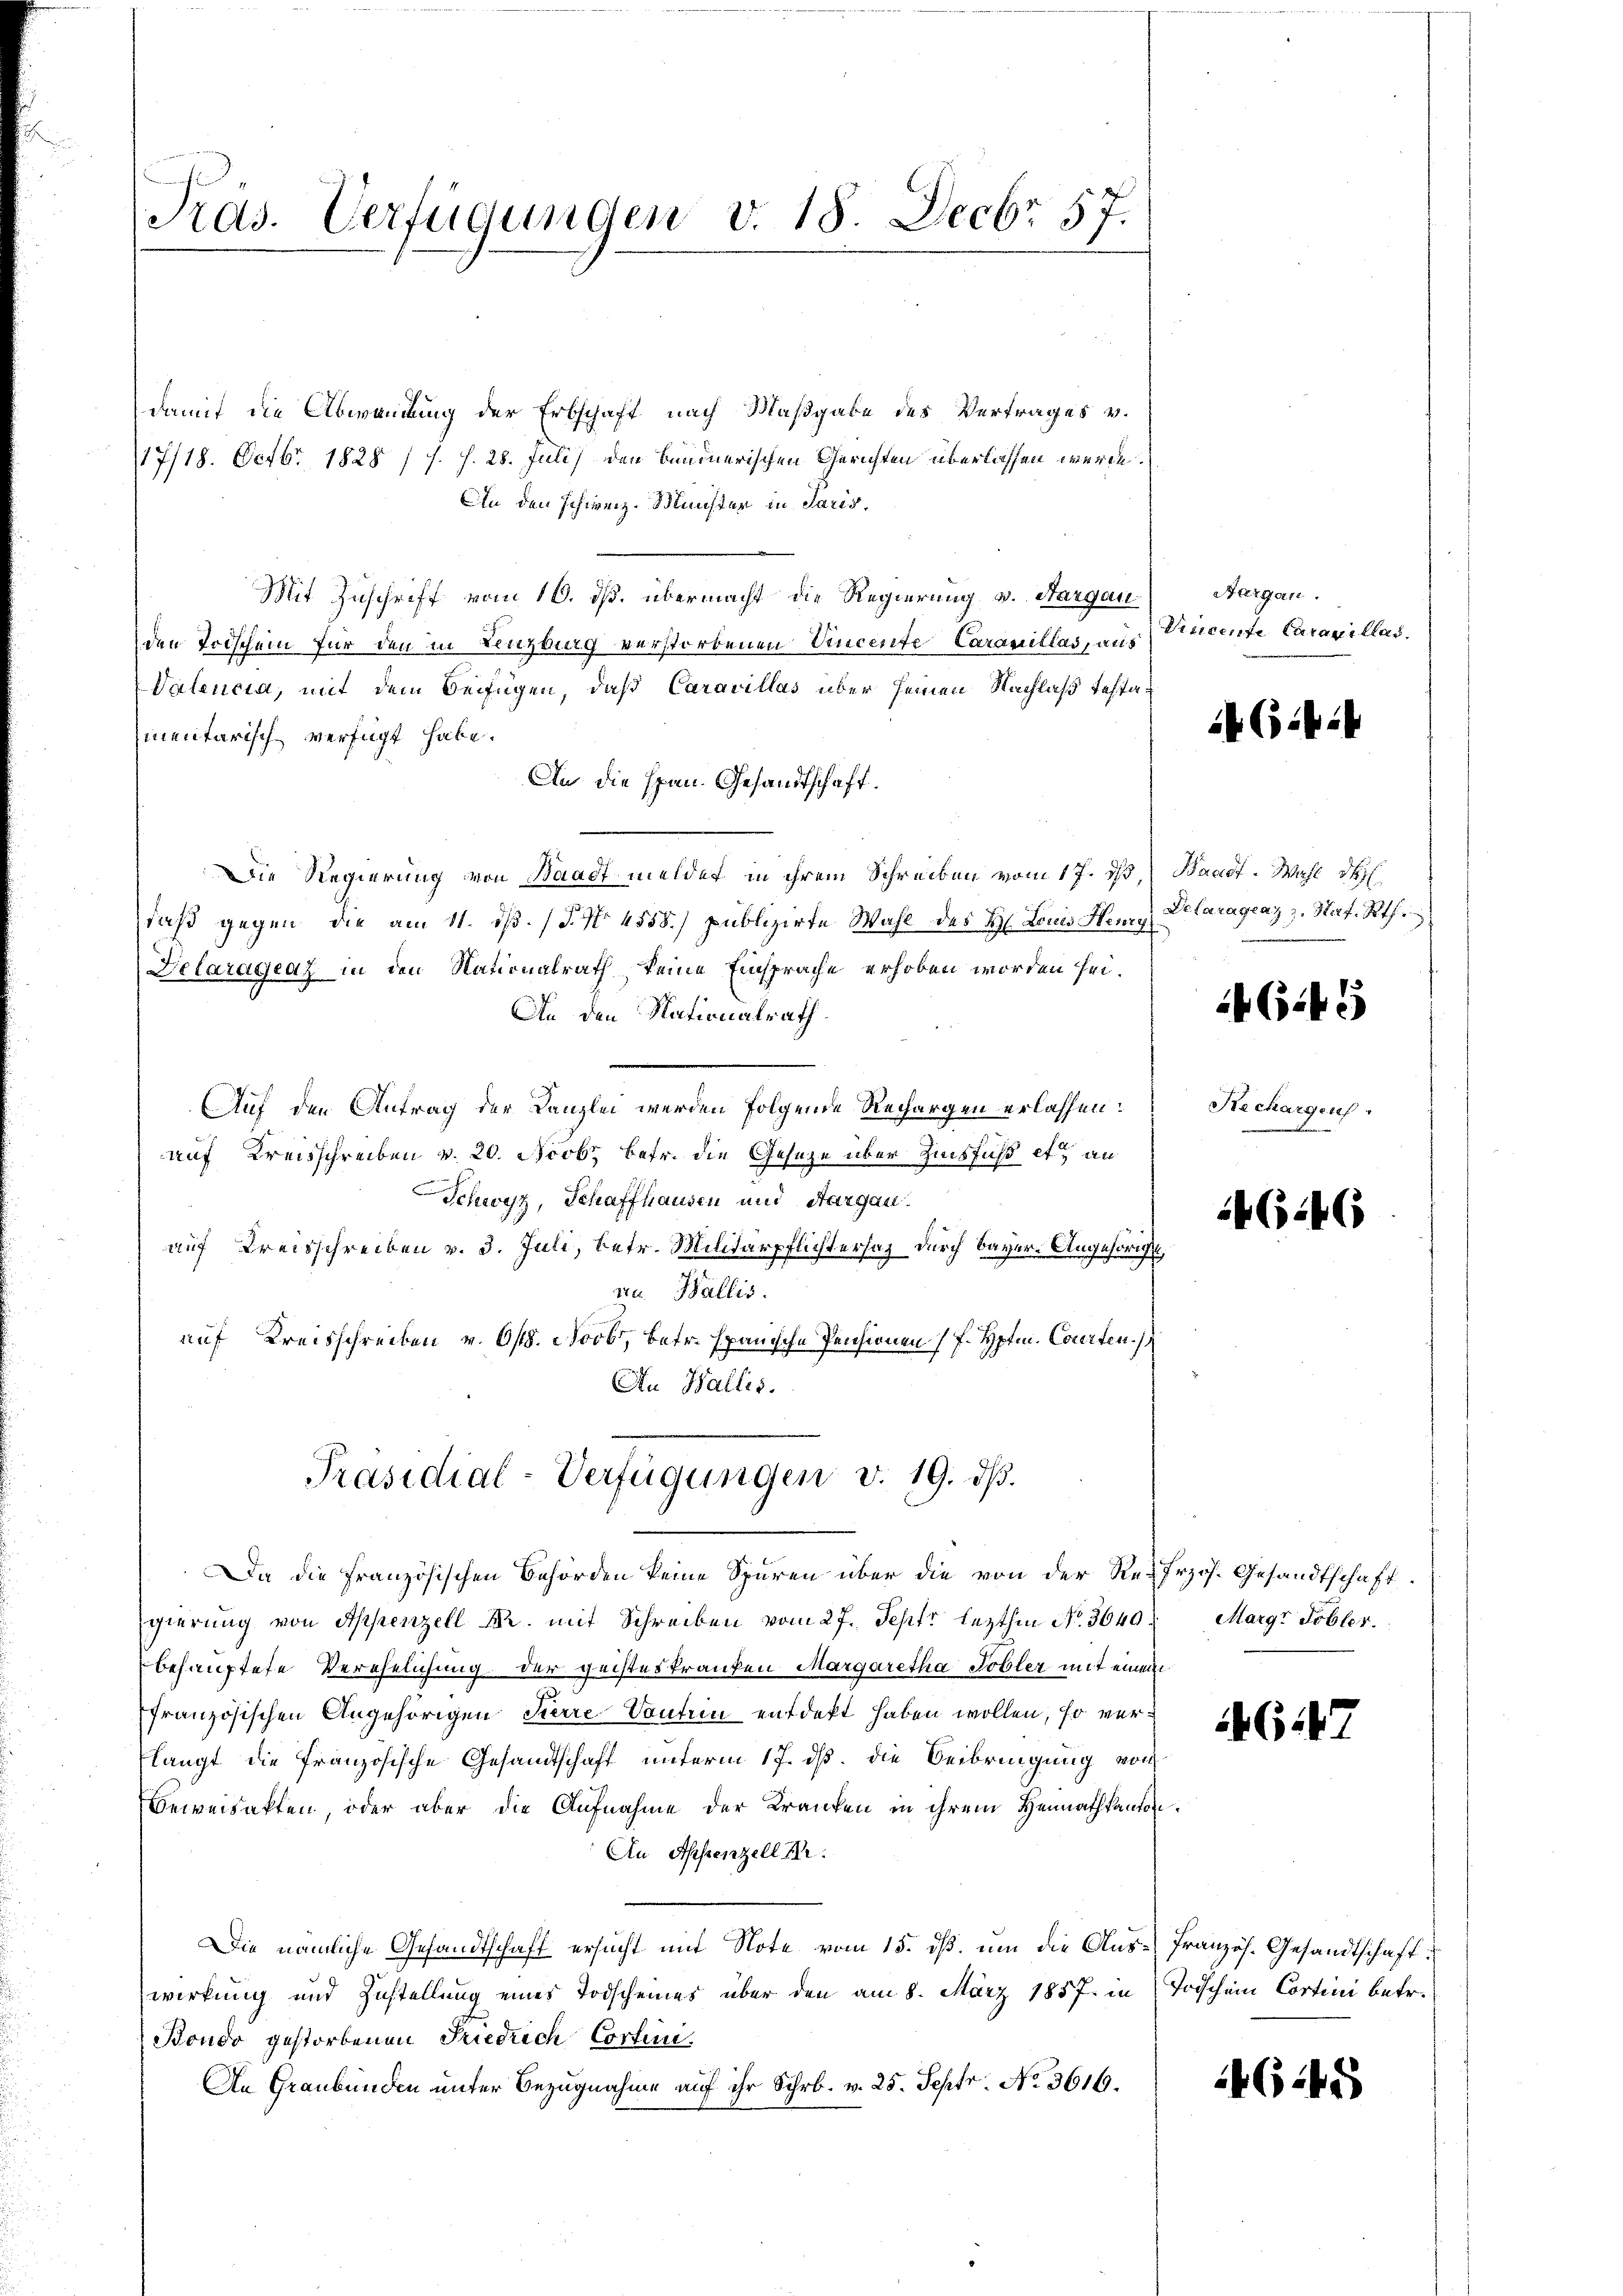
Pras. Verfügungen v. 18. Decbr 57.

damit die Abwandung der Erbschaft nach Maßgabe des Vertrages v.
17/18. Octb. 1828 / s. f. 28. Juli) den Bandnerischen Gerichten überlassen werde.
An den schweiz. Münster in Paris,
Mit Zuschrift vom 10. ds. übermacht die Regierung v. Aargau
den Todschein für den in Lenzburg verstorbenen Vincente Caravillag, aus Vincente Caravillad
Valencia, mit dem Beifügen, daß Caravillas über seinen Nachlaß testamentarisch verfügt habe.
An die span. Gesandtschaft.
Die Regierung von Waadt meldet in ihrem Schreiben vom 17. ds. Waadt. Wahl de
daß gegen die am 11. ds. (T. No 4558.) publizirte Wahl des H. Louis Henry
Delaragenz in den Nationalrath keine Einsprache erhoben worden sei.
An den Nationalrath.
Auf den Antrag der Kanzlei werden folgende Rechargen erlassen:
auf Kreisschreiben v. 20. Novb. betr. die Geseze über Zinsfuß et an
Schwyz, Schaffhausen und Aargau.
auf Kreisschreiben v. 3. Juli, betr. Militärpflichtersaz durch Bayer-Angehörige
rn. Wallis.
auf Kreisschreiben v. 618. Novbr, betr. Examische Pensionen (F. Hptm. Courten.
An Wallis.

Präsidial-Verfügungen v. 19. dβ.
Da die französischen Behörden keine Spuren über die von der Refrzös. Gesandtschaft

gierung von Appenzell Dr. mit Schreiben vom 27. Sept. lezthin No. 3640. Margr Tobler.
behauptete Verehelichung der geisteskranken Margaretha Tobler mit einem
französischen Angehörigen Pierre Sonten entdekt haben wollen, so verlangt die Französische Gesandtschaft unterm 17. ds. die Beibringung von
Beweisakten, oder aber die Aufnahme der Kranken in ihrem Heimathkanton
An Appenzell Kr.
Die nämliche Gesandtschaft ersucht mit Note vom 15. dß, um die Aus-Französ. Gesandtschaft
wirkung und Zustellung eines Todscheines über den am 8. März 1857 in Trischein Cortini betr.
Bondo gestorbenen Friedrich Cortini.
An Graubünden unter Bezugnahme auf ihr Schr. v. 25. Septr. No. 3616.

Aargau.

(: i

Defaragraz z. Nat. Rth.

C.41

Mechargen
x

4(146

G147

645